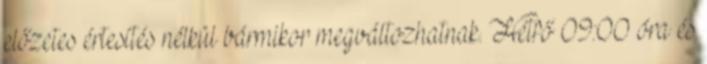
előzetes értesítés nélkül bármikor megváltozhatnak. Hétfő 09:00 óra és